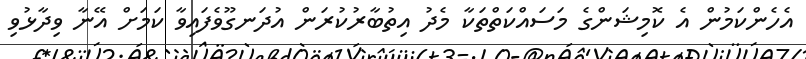
އެެހެންކަމުން އެ ކޮމިޝަންގެ މަސައްކަތްތަކާ މެދު އިތުބާރުކުރަން އުދަނގޫވެފައިވާ ކަމަށް އޭނާ ވިދާޅުވި